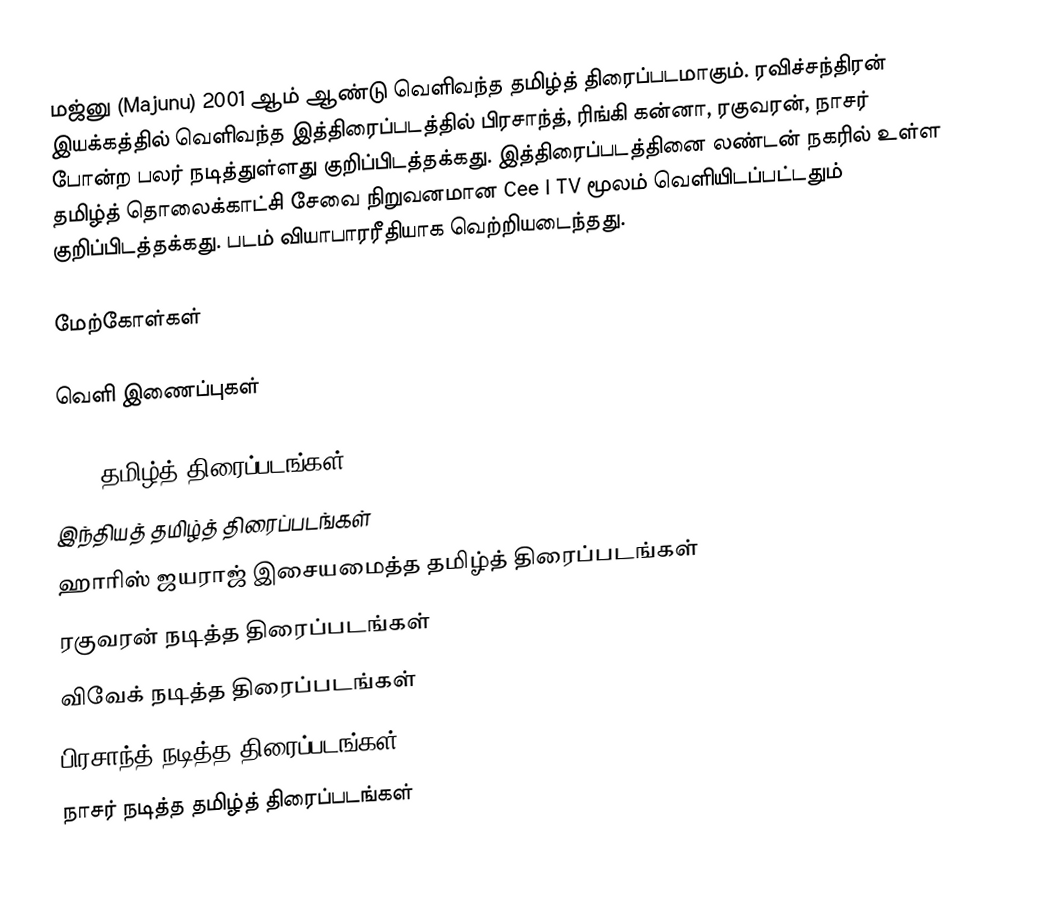
மஜ்னு (Majunu) 2001  ஆம் ஆண்டு வெளிவந்த தமிழ்த் திரைப்படமாகும். ரவிச்சந்திரன் இயக்கத்தில் வெளிவந்த இத்திரைப்படத்தில் பிரசாந்த், ரிங்கி கன்னா, ரகுவரன், நாசர் போன்ற பலர் நடித்துள்ளது குறிப்பிடத்தக்கது. இத்திரைப்படத்தினை லண்டன் நகரில் உள்ள தமிழ்த் தொலைக்காட்சி சேவை நிறுவனமான Cee I TV மூலம் வெளியிடப்பட்டதும் குறிப்பிடத்தக்கது. படம் வியாபாரரீதியாக வெற்றியடைந்தது.

மேற்கோள்கள்

வெளி இணைப்புகள்

2001 தமிழ்த் திரைப்படங்கள்
இந்தியத் தமிழ்த் திரைப்படங்கள்
ஹாரிஸ் ஜயராஜ் இசையமைத்த தமிழ்த் திரைப்படங்கள்
ரகுவரன் நடித்த திரைப்படங்கள்
விவேக் நடித்த திரைப்படங்கள்
பிரசாந்த் நடித்த திரைப்படங்கள்
நாசர் நடித்த தமிழ்த் திரைப்படங்கள்